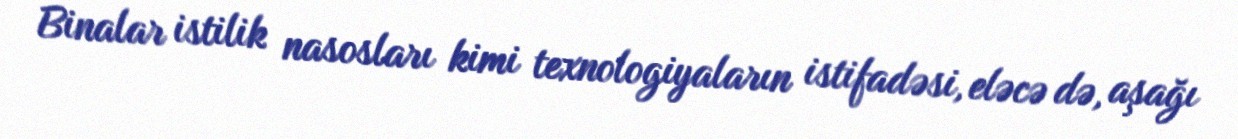
Binalar istilik nasosları kimi texnologiyaların istifadəsi, eləcə də, aşağı